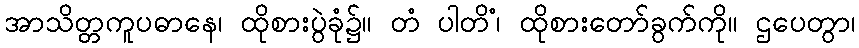
အာသိတ္တကူပဓာနေ၊ ထိုစားပွဲခုံ၌။ တံ ပါတိံ၊ ထိုစားတော်ခွက်ကို။ ဌပေတွာ၊